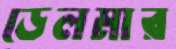
ডেলমার